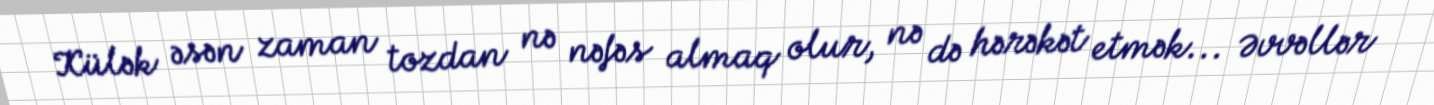
Külək əsən zaman tozdan nə nəfəs almaq olur, nə də hərəkət etmək... Əvvəllər